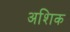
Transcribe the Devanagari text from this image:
अशिक